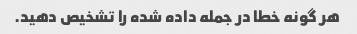
هر گونه خطا در جمله داده شده را تشخیص دهید.